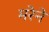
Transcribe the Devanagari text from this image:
मरेने